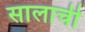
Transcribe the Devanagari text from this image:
सालाची